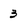
Character: 3